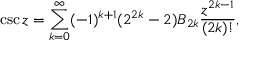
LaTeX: \csc z = \sum _ { k = 0 } ^ { \infty } ( - 1 ) ^ { k + 1 } ( 2 ^ { 2 k } - 2 ) B _ { 2 k } { \frac { z ^ { 2 k - 1 } } { ( 2 k ) ! } } ,